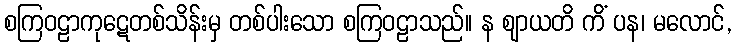
စကြဝဠာကုဋေတစ်သိန်းမှ တစ်ပါးသော စကြဝဠာသည်။ န ဈာယတိ ကိံ ပန၊ မလောင်,